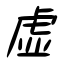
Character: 虚